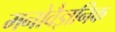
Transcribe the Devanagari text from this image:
मनोवैज्ञनिक